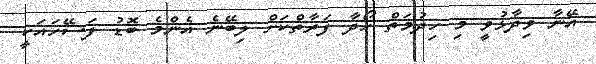
އޭނާ ވިދާޅުވީ މި ހިދުމަތް ހޯދާ ފަރާތްކަށް ލިބޭނެ އެންމެ ބޮޑު ފަސޭހައަކީ